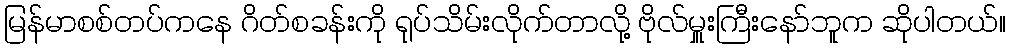
မြန်မာစစ်တပ်ကနေ ဂိတ်စခန်းကို ရုပ်သိမ်းလိုက်တာလို့ ဗိုလ်မှူးကြီးနော်ဘူက ဆိုပါတယ်။